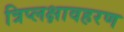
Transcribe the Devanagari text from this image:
त्रिप्लक्षावहरण